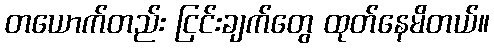
တယောက်တည်း ငြင်းချက်တွေ ထုတ်နေမိတယ်။